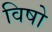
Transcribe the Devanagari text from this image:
विषो